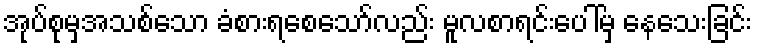
အုပ်စုမှအသစ်သော ခံစားရစေသော်လည်း မူလစာရင်းပေါ်မှ နေသေးခြင်း